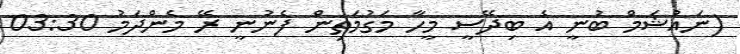
(ނައުޝަމް ބުނީ އެ ބިދޭސީ މީހާ މަގުމަތިން ފެނުނީ ރޭ މެންދަމު 03:30